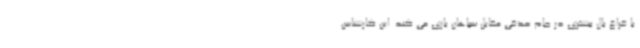
با فراغ بال بیشتری در جام حذفی مقابل سپاهان بازی می کند. این کارشناس